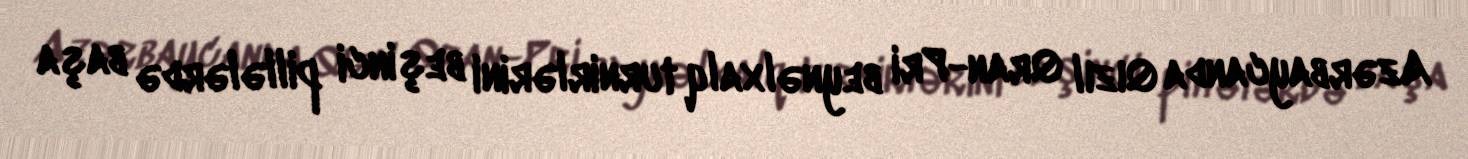
Azərbaycanda Qızıl Qran-Pri beynəlxalq turnirlərini beşinci pillələrdə başa